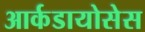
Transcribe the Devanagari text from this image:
आर्कडायोसेस